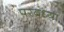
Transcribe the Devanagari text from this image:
परबंध्या